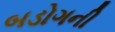
બડોગની